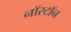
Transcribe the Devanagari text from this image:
नॉरटॉन